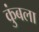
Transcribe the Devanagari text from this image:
कुंबला